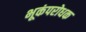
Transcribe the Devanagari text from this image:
भूकंपरोधक